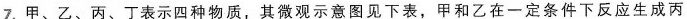
7.甲、乙、丙、丁表示四种物质，其微观示意图见下表，甲和乙在一定条件下反应生成丙